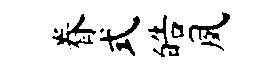
眷式皓夙